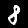
Digit: 8